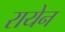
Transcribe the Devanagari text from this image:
रायेन